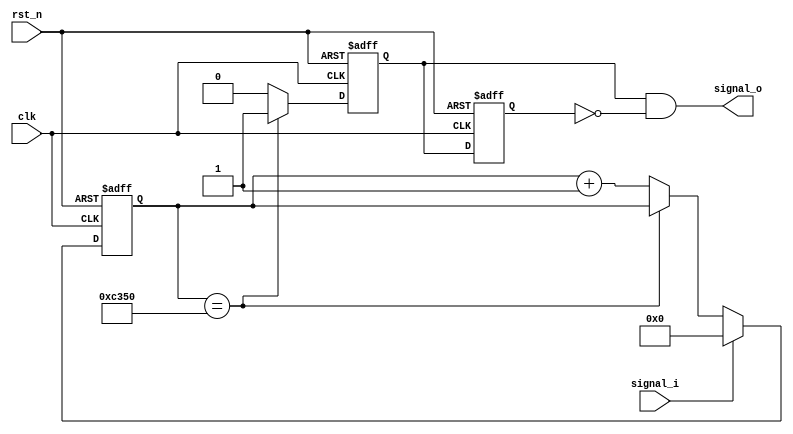
module debounce           //bottom done = GND
#(
parameter hold_time = 50_000 //50MHZ hold_time = 0.001s
)
(
input wire            clk ,
input wire            rst_n ,

input wire            signal_i ,
output wire           signal_o 
);
wire temp_wire;
reg  [31: 0]  cnt_num ;
always @(posedge clk or negedge rst_n) begin
    if (!rst_n) begin
        cnt_num <= 32'd0; 
    end 
    else if (signal_i == 1'b0) begin
        if (cnt_num == hold_time) begin
            cnt_num <= cnt_num ;
        end 
        else begin
            cnt_num <= cnt_num +32'd1;
        end
    end 
    else begin
        cnt_num <= 32'd0;
    end
end
assign temp_wire = (cnt_num == hold_time ) ? 1'b1:1'b0;
reg pos_d0,pos_d1;
always @(posedge clk or negedge rst_n) begin
    if (!rst_n) begin
        pos_d0 <= 1'b0;
        pos_d1 <= 1'b0;
    end 
    else begin
        pos_d0 <= temp_wire;
        pos_d1 <= pos_d0  ;
    end
end
assign signal_o = pos_d0 & ~pos_d1;


endmodule